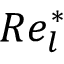
R e _ { l } ^ { \ast }